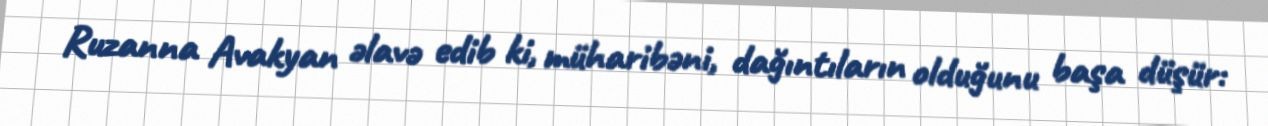
Ruzanna Avakyan əlavə edib ki, müharibəni, dağıntıların olduğunu başa düşür: